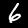
Label: 6